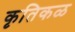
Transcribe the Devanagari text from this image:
कृतिकळ